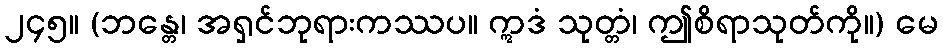
၂၄၅။ (ဘန္တေ၊ အရှင်ဘုရားကဿပ။ ဣဒံ သုတ္တံ၊ ဤစိရာသုတ်ကို။) မေ